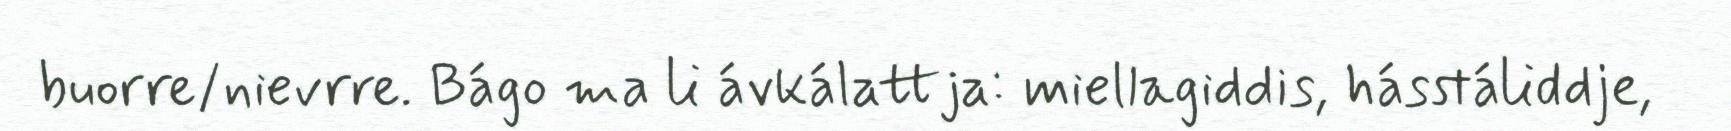
buorre/nievrre. Bágo ma li ávkálattja: miellagiddis, hásstáliddje,